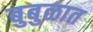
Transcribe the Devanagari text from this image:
बुबुळात